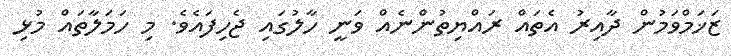
ޒަޚަމްވަމުން ދާއިރު އެތައް ރައްޔިތުންނެއް ވަނީ ހާލުގައި ޖެހިފައެވެ. މި ހަމަލާތައް މުޅި